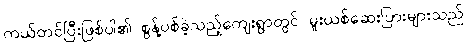
ကယ်တင်ပြီးဖြစ်ပါ၏ စွန့်ပစ်ခဲ့သည့်ကျေးရွာတွင် မူးယစ်ဆေးပြားများသည်